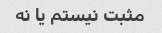
مثبت نیستم یا نه